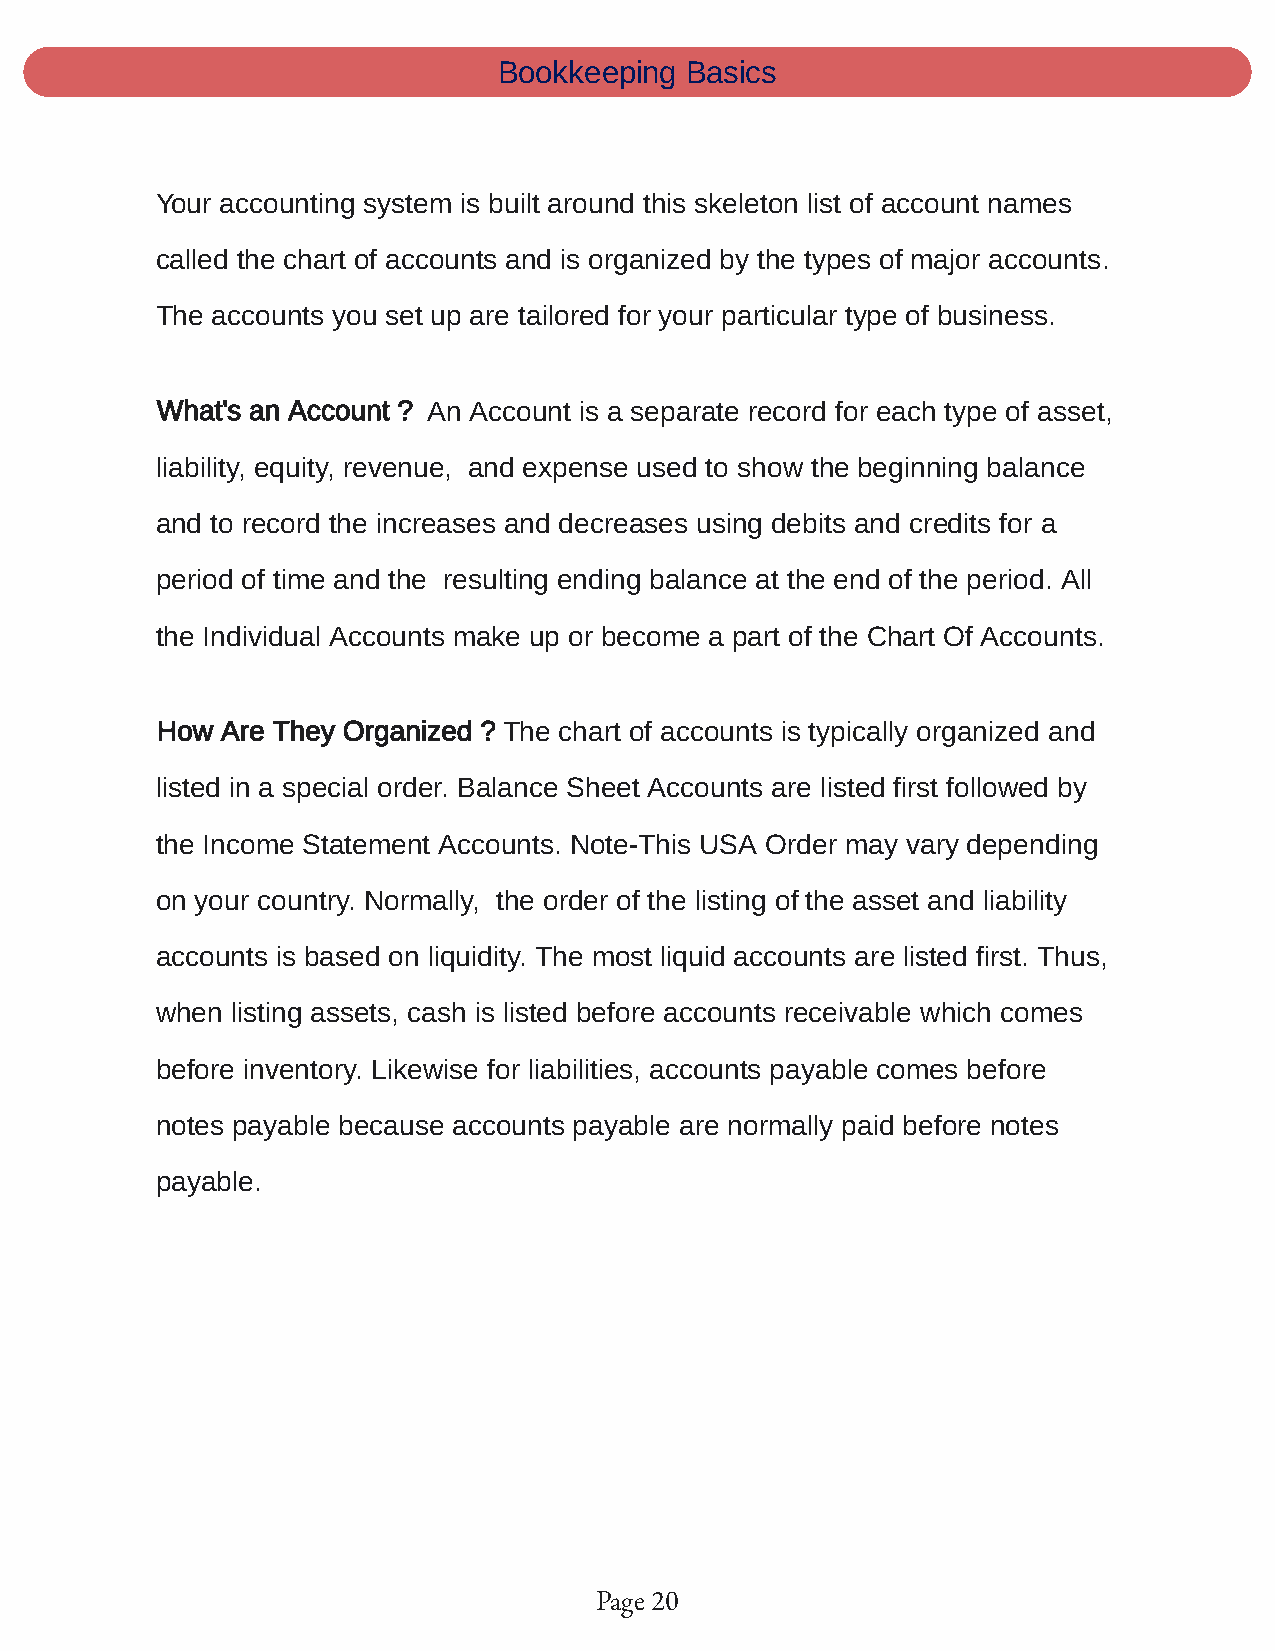
Bookkeeping Basics
 Your accounting system is built around this skeleton list of account names
 called the chart of accounts and is organized by the types of major accounts.
 The accounts you set up are tailored for your particular type of business.
 What's an Account ? An Account is a separate record for each type of asset,
 liability, equity, revenue, and expense used to show the beginning balance
 and to record the increases and decreases using debits and credits for a
 period of time and the resulting ending balance at the end of the period. All
 the Individual Accounts make up or become a part of the Chart Of Accounts.
 How  Are They Organized ? The chart of accounts is typically organized and
 listed in a special order. Balance Sheet Accounts are listed first followed by
 the Income Statement Accounts. Note-This USA Order may vary depending
 on your country. Normally, the order of the listing of the asset and liability
 accounts is based on liquidity. The most liquid accounts are listed first. Thus,
 when listing assets, cash is listed before accounts receivable which comes
 before inventory. Likewise for liabilities, accounts payable comes before
 notes payable because accounts payable are normally paid before notes
 payable.
 Page 20